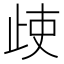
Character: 𣥱